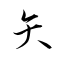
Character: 矢